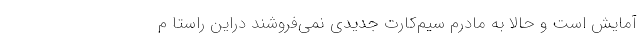
آمایش است و حالا به مادرم سیم‌کارت جدیدی نمی‌فروشند دراین راستا م